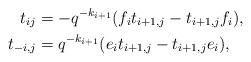
\begin{align*}\begin{aligned} t_{ij} &= -q^{-k_{i+1}}(f_{i}t_{i+1,j} - t_{i+1,j}f_{i}),\\t_{-i,j} &= q^{-k_{i+1}}(e_{i}t_{i+1,j} - t_{i+1,j}e_{i}),\\\end{aligned}\end{align*}